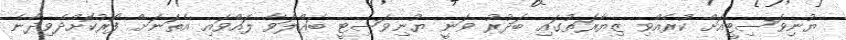
ޔުނިވަސިޓީއަށް ކުރެއްވި ޒިޔާރަތުގައި ބަދުރު ވަނީ ޔުނިވަސިޓީ ބައްލަވާ ލައްވައި އެތަނަށް ފޯރުކޮށްދެވިދާނެ